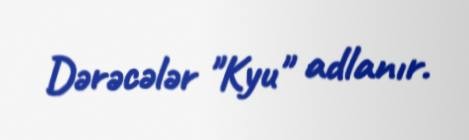
Dərəcələr ''Kyu" adlanır.